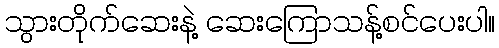
သွားတိုက်ဆေးနဲ့ ဆေးကြောသန့်စင်ပေးပါ။